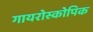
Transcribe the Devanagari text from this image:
गायरोस्कोपिक